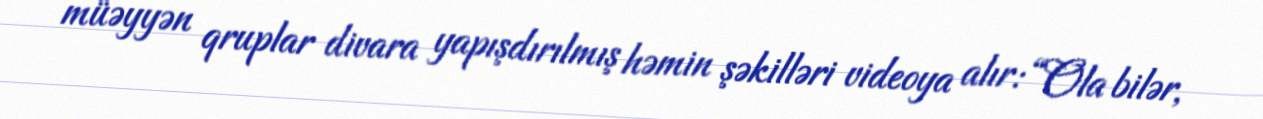
müəyyən qruplar divara yapışdırılmış həmin şəkilləri videoya alır: “Ola bilər,